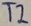
Text: T2